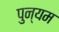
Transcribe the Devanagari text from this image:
पुन्यम